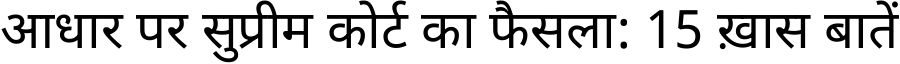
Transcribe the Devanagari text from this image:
आधार पर सुप्रीम कोर्ट का फैसला: 15 ख़ास बातें